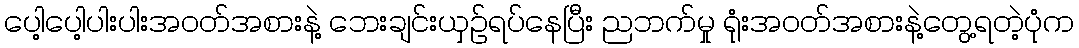
ပေါ့ပေါ့ပါးပါးအဝတ်အစားနဲ့ ဘေးချင်းယှဉ်ရပ်နေပြီး ညဘက်မှု ရုံးအဝတ်အစားနဲ့တွေ့ရတဲ့ပုံက